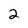
Character: 2